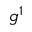
g ^ { 1 }